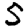
Digit: 5